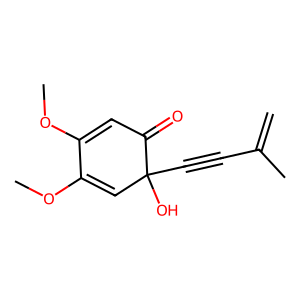
SMILES: C=C(C)C#CC1(O)C=C(OC)C(OC)=CC1=O
Inhibits HIV replication: No